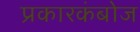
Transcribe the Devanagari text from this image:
प्रकारकंबोज